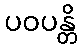
ပဝပန္တိ